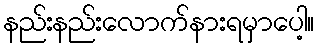
နည်းနည်းလောက်နားရမှာပေါ့။